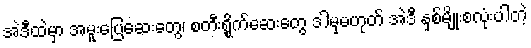
အဲဒီထဲမှာ အမူးပြေဆေးတွေ၊ စတီးရွိုက်ဆေးတွေ ဒါမှမဟုတ် အဲဒီ နှစ်မျိုးစလုံးပါတဲ့